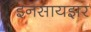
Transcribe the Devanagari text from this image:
इनसायझर